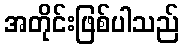
အတိုင်းဖြစ်ပါသည်